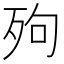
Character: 𣧬